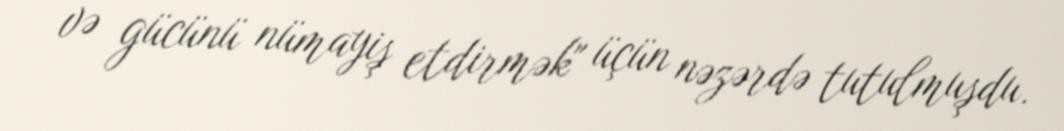
və gücünü nümayiş etdirmək" üçün nəzərdə tutulmuşdu.